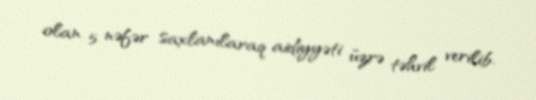
olan 5 nəfər saxlanılaraq aidiyyəti üzrə təhvil verilib.